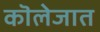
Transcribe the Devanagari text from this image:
कॊलेजात